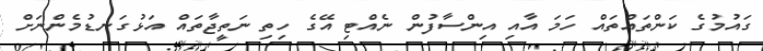
ގައުމުގެ ކަންތައްތައް ހަމަ އާއި އިންސާފުން ނެއްޓި އޭގެ ހިތި ނަތީޖާތައް އަޅުގަނޑުމެންނަށް